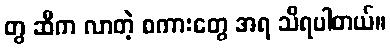
တွ ဆီက လာတဲ့ စကားတွေ အရ သိရပါတယ်။